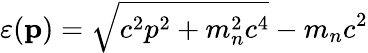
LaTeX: \varepsilon(\mathbf{p})=\sqrt{c^{2}p^{2}+m_{n}^{2}c^{4}}-m_{n}c^{2}